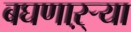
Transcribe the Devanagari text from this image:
बघणाऱ्र्‍या